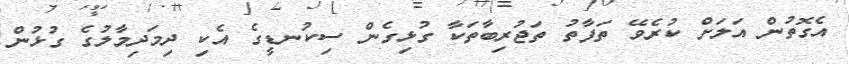
އެގޮތުން އަލަށް ކުރެވޭ ތަފާތު ތަޖުރިބާތަކާ ގުޅިގެން ސިކުނޑީގެ އެކި ދިމަދިމާލުގެ ގުޅުން